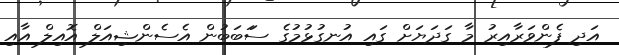
އަދި ފެންވަރާއިރު މާ ގަދަޔަށް ގައި އުނގުޅުމުގެ ސަަބަބުން އެސެންޝިއަލް އޮއިލް އާއި